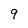
Character: 9